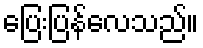
ပြေးပြန်လေသည်။